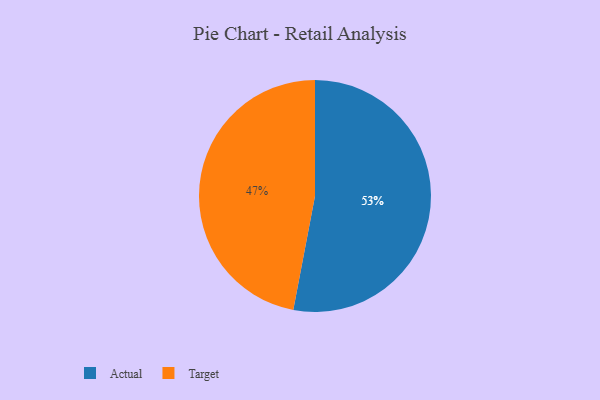
{"axis": {"x": "Category", "y": "Percentage"}, "legend": ["Actual", "Target"], "data": [{"x": "Actual", "y": 53, "type": "Actual"}, {"x": "Target", "y": 47, "type": "Target"}]}